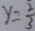
y = \frac { 2 } { 3 }